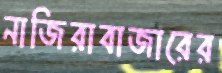
নাজিরাবাজারের